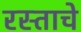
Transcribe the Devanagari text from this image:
रस्ताचे